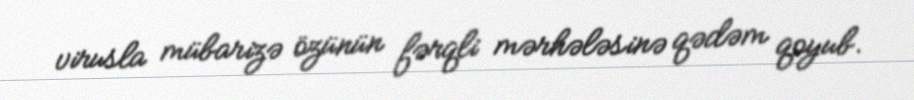
virusla mübarizə özünün fərqli mərhələsinə qədəm qoyub.